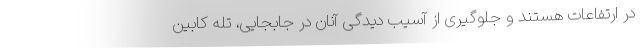
در ارتفاعات هستند و جلوگیری از آسیب دیدگی آنان در جابجایی، تله کابین